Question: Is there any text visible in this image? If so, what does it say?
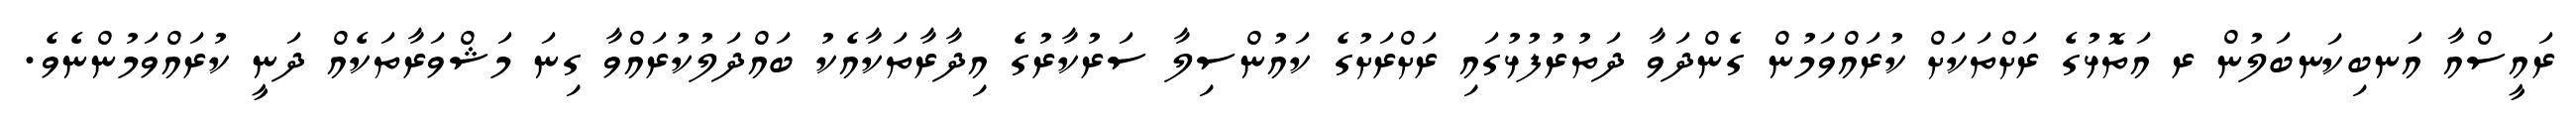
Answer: ރައީސްއާ އަނބިކަނބަލުން ރ އަތޮޅުގެ ރަށްތަކަށް ކުރައްވަމުން ގެންދަވާ ދަތުރުފުޅުގައި ރަށްރަށުގެ ކައުންސިލާ ސަރުކާރުގެ އިދާރާތަކާއެކު ބައްދަލުކުރައްވާ ގިނަ މަޝްވަރާތަކެއް ދަނީ ކުރައްވަމުންނެވެ.